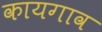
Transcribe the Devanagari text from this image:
कायगाव